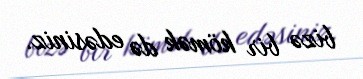
bizə bir kömək də edəsiniz.